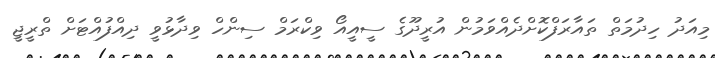
މިއަދު ހިދުމަތް ތައާރަފްކޮށްދެއްވަމުން އުރީދޫގެ ސީއީއޯ ވިކްރަމް ސިންހް ވިދާޅުވީ ދިއްފުއްޓަށް ތްރީޖީ